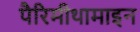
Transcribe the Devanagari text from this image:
पैरिमीथामाइन